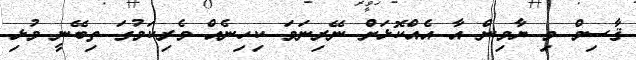
ޤާސިމް މި ޔާމިން އާ އެއްކޮޅަށް ނޭރިނަމަ ކިހިނެއް ވެރިކަމުގަ ތިބޭނީ މުޅި